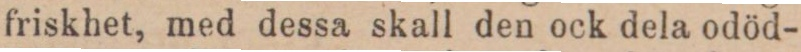
friskhet, med dessa skall den ock dela odöd-